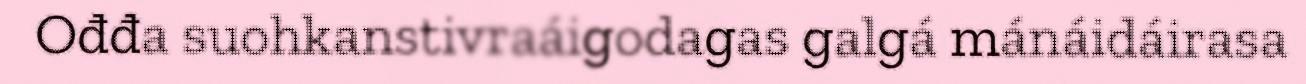
Ođđa suohkanstivraáigodagas galgá mánáidáirasa